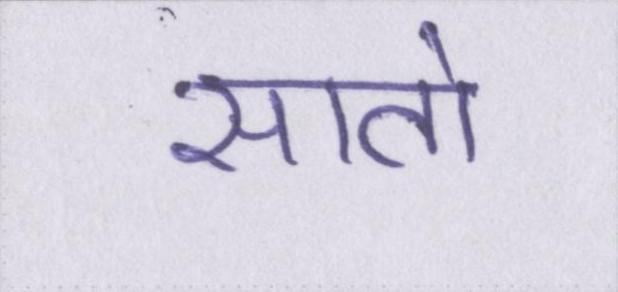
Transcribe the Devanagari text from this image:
सातो